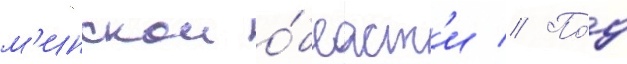
м'инскои о́бласт'и // По́д